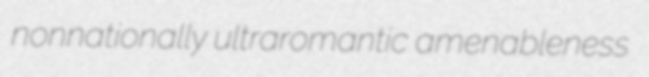
nonnationally ultraromantic amenableness